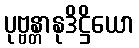
ပုဗ္ဗန္တာနုဒိဋ္ဌိယော